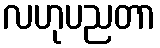
လဟုပညတာ